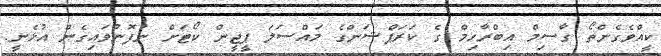
ކީއްވެގެންތޯ ގާސިމް އިބްރާހިމް ގެ ކަރަޕްޝަންގެ މައްސަލަ ޕީޖީން ކޯޓަށް ނުފޮނުވައިގެން އުޅެނީ.